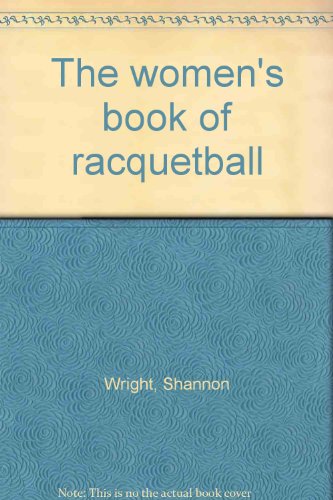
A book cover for The women's book of racquetball; Shannon Wright; Sports & Outdoors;